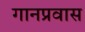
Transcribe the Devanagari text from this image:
गानप्रवास